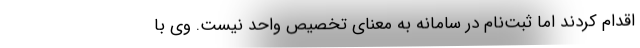
اقدام کردند اما ثبت‌نام در سامانه به معنای تخصیص واحد نیست. وی با